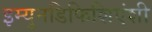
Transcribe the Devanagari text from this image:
इम्युनडिफिशिएंशी